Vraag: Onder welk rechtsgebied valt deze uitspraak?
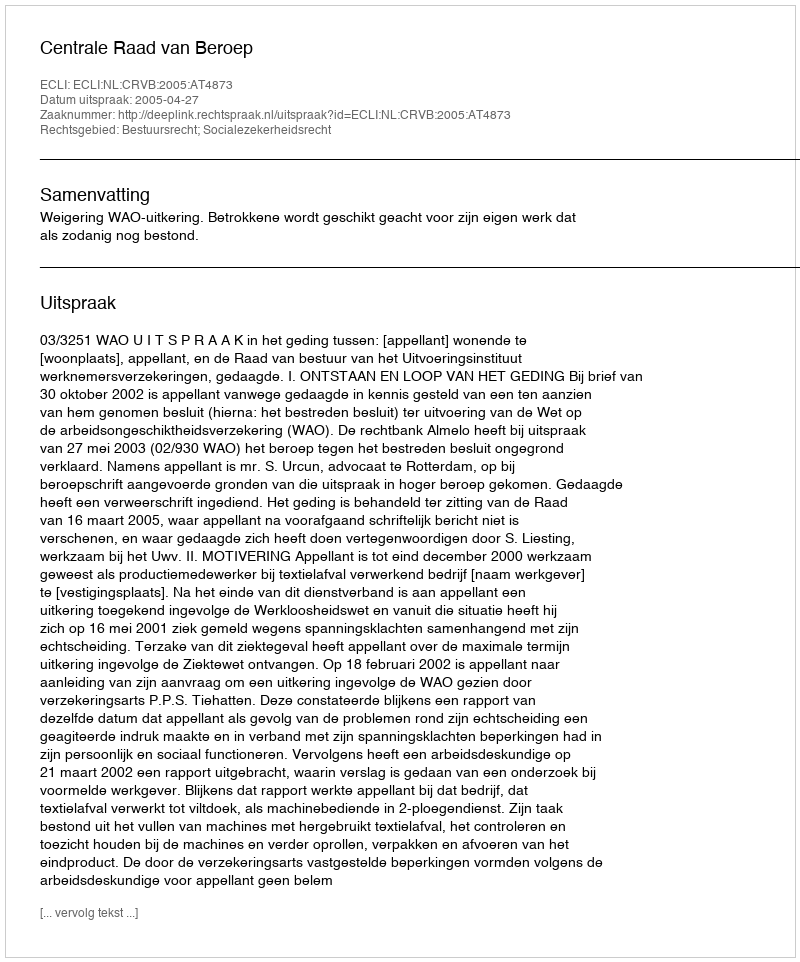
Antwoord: Bestuursrecht; Socialezekerheidsrecht